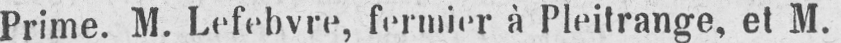
Prime. M. Lefebvre, fermier à Pleitrange, et M.